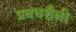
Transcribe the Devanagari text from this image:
प्रबंधशैली